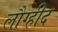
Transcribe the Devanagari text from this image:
लौग्हीद